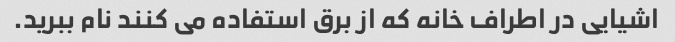
اشیایی در اطراف خانه که از برق استفاده می کنند نام ببرید.